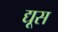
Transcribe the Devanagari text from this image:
द्यूस